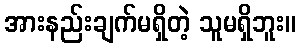
အားနည်းချက်မရှိတဲ့ သူမရှိဘူး။